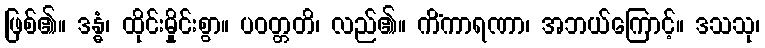
ဖြစ်၏။ ဒန္ဓံ၊ ထိုင်းမှိုင်းစွာ။ ပဝတ္တတိ၊ လည်၏။ ကိံကာရဏာ၊ အဘယ်ကြောင့်။ ဒသသု၊